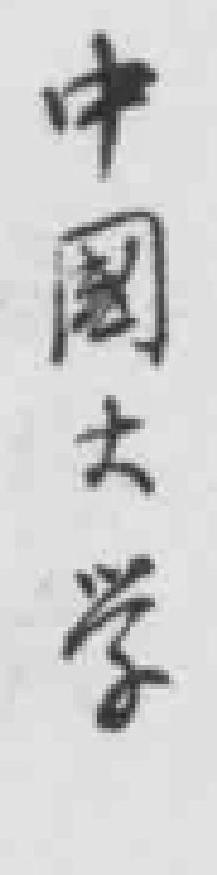
中國大学